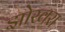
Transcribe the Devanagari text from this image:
झोखरा